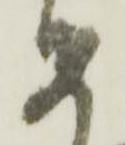
安